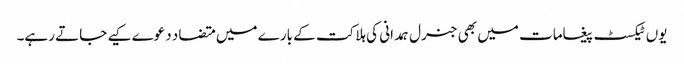
یوں ٹیکسٹ پیغامات میں بھی جنرل ہمدانی کی ہلاکت کے بارے میں متضاد دعوے کیے جاتے رہے۔